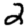
Digit: 2